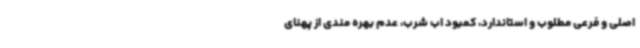
اصلی و فرعی مطلوب و استاندارد، کمبود اب شرب، عدم بهره مندی از پهنای